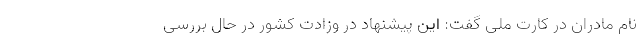
نام مادران در کارت ملی گفت: این پیشنهاد در وزادت کشور در حال بررسی